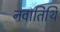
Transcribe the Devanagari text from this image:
नवातिथि